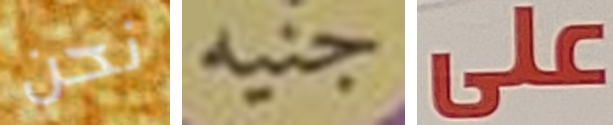
نحن جنيه على